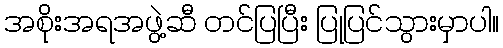
အစိုးအရအဖွဲ့ဆီ တင်ပြပြီး ပြုပြင်သွားမှာပါ။